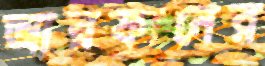
আরফানের